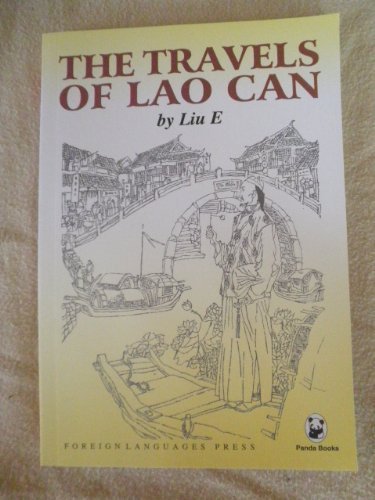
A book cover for The Travels of Lao Can (Panda Series); Liu E; Travel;